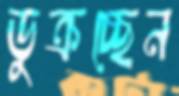
ডুক্‌রচ্ছেন